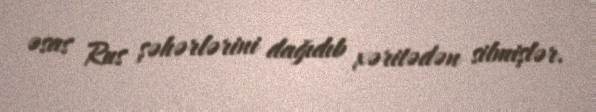
əsas Rus şəhərlərini dağıdıb xəritədən silmişlər.